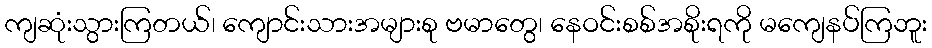
ကျဆုံးသွားကြတယ်၊ ကျောင်းသားအများစု ဗမာတွေ၊ နေဝင်းစစ်အစိုးရကို မကျေနပ်ကြဘူး